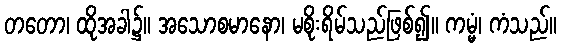
တတော၊ ထိုအခါ၌။ အသောစမာနော၊ မစိုးရိမ်သည်ဖြစ်၍။ ကမ္မံ၊ ကံသည်။